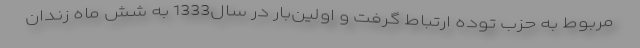
مربوط به حزب توده ارتباط گرفت و اولین‌بار در سال1333 به شش ماه زندان